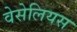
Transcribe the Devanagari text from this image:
वेसेलियस